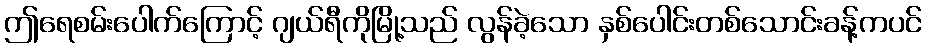
ဤရေစမ်းပေါက်ကြောင့် ဂျယ်ရီကိုမြို့သည် လွန်ခဲ့သော နှစ်ပေါင်းတစ်သောင်းခန့်ကပင်